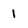
Character: 1